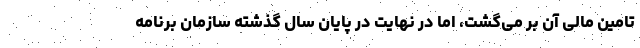
تامین مالی آن بر می‌گشت، اما در نهایت در پایان سال گذشته سازمان برنامه